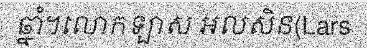
ឆ្នាំ។លោកឡាស អលសិន(Lars